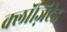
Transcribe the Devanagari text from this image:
क्लॉज़िटेड